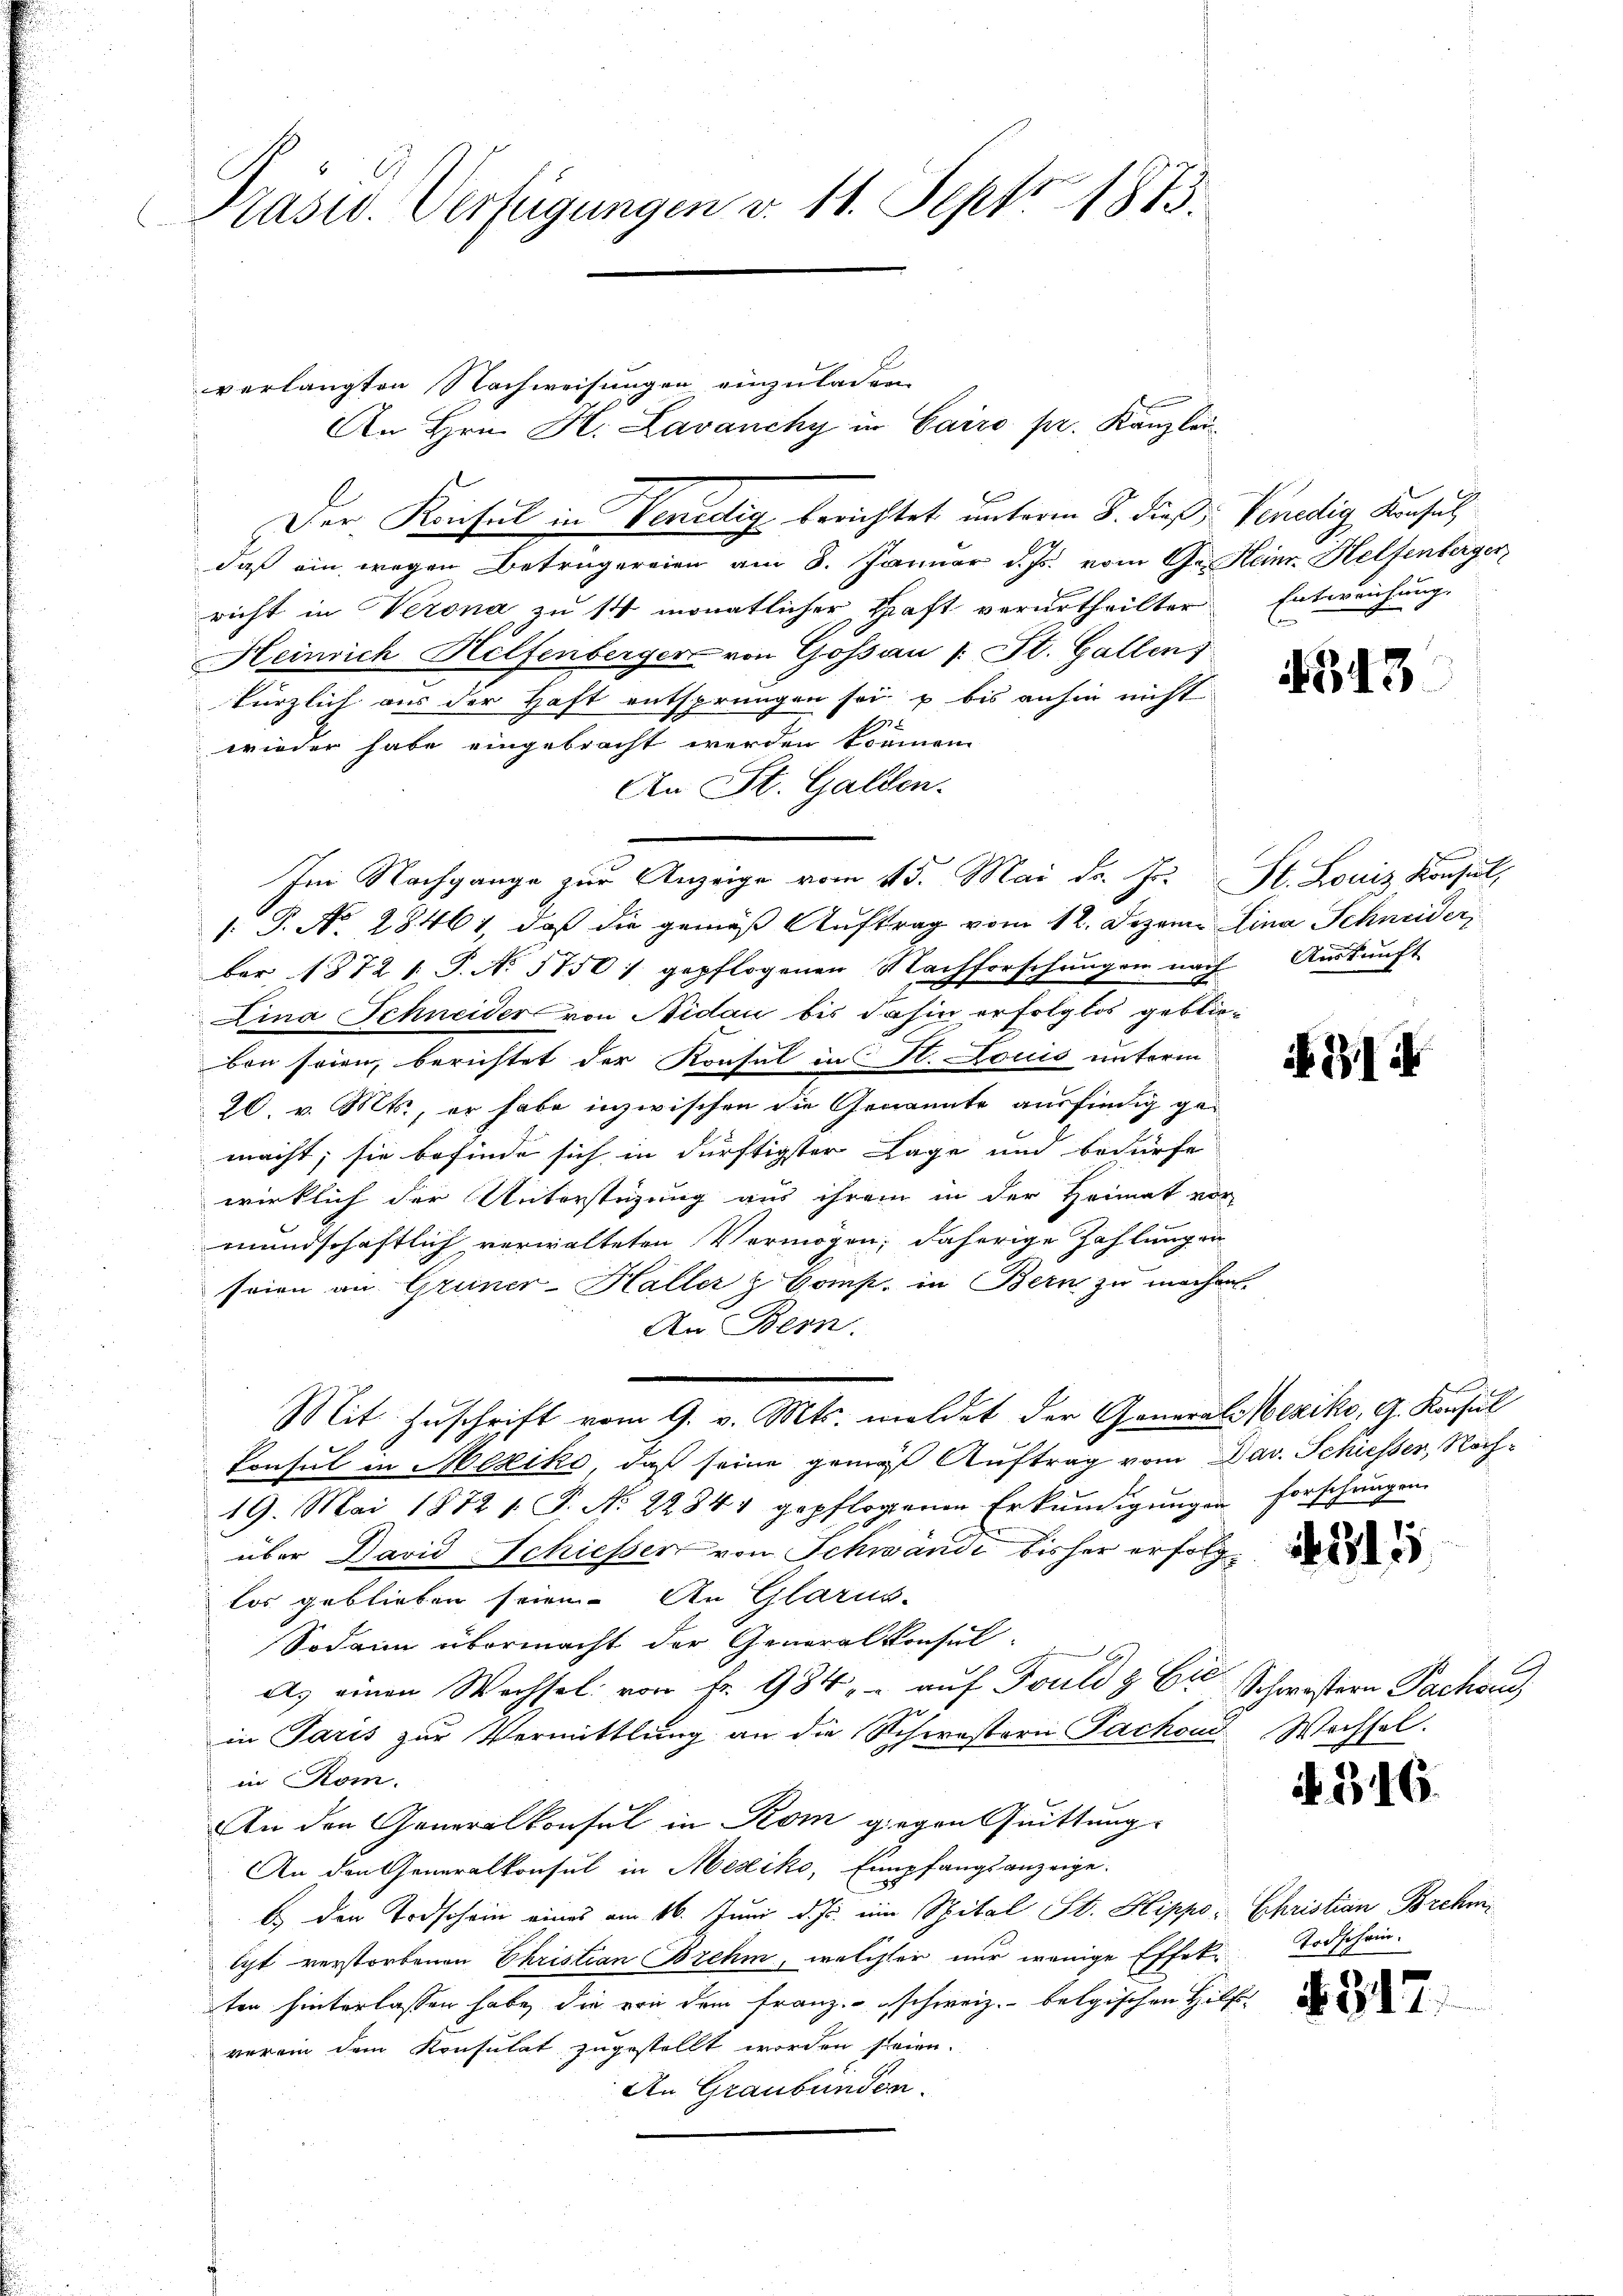
Präsid. Verfügungen v. 11. Sept 1873.

verlangten Nachweisungen einzuladen.
An Hrn. H. Lavanchy in Cairo pr. Kanzlei
Der Konsul in Venedig berichtet unterm 8. dieß Venedig, Konsul
daß ein wegen Betrügereien am 8. Januar d. Js. vom Ges. Heinr. Helfenberger
richt in Verona zu 14 monatlicher Haft verurtheilter Entweichung.
Heinrich Helfenberger von Gossau (: St. Gallen;
kürzlich aus der Haft entsprungen sei u bis anhin nicht
wieder habe eingebracht werden können
An St. Galden.
Im Nachgange zur Anzeige vom 15. Mai d. J. St. Louiz Konsul,
[: P. No. 28461, daß die gemäß Auftrag vom 12. Dozen Lina Schneider,
ber 1872 1 S. No 1750 / gepflogenen Nachforschŭngen nach Aŭskŭnft
e
Lina Schneider von Nidau bis dahin erfolglos geblieben seien, berichtet der Konsul in H. Louis unterm
20. v. Mts., er habe inzwischen die Genannte ausfindig ge-
macht; sie befinde sich in dürftigster Lage und bedürfe
wirklich der Unterstüzung aus ihrem in der Heimat vor
mundschaftlich verwalteten Vermögen; daherige Zahlungen
seien an Gruner-Haller & Comp. in Bern zu machen.
An Bern.
Mit Zuschrift vom 9. v. Mts. meldet der General-Weziko, G. Konsul
konsul in Mexiko, daß seine genügt Auftrag vom Dav. Schiesser, Nach¬
19. Mai 1872 1. P. N. 22844 gepflogenen Erkundigungen forschungen.
über David Schiesser von Schwände bisher erfolge
los geblieben seien. An Glarus-
Sodann übermacht der Generalkonsul-
A. einen Wechsel von Fr. 984. auf Fould & Cie Schwistern Fachse
in Paris zur Vermittlung an die Schwestern Fachend Wechsel.
in Rom.
An den Generalkonsul in Rom gegen Quittung
An den Generalkonsul in Mexiko, Empfangsanzeige.
b.) den Todschein eines am 16. Juni d. Js. ein Spital St. Kippo- Christian Brehmicht verstorbenen Ehristian Bozehm, welcher nur wenige Effekten hinterlassen habe, die von dem Franz schweiz. belgischen Hilfs-
verein dem Konsulat zugestellt worden steien.
An Graubünden.

G13

31

ib. 1816.

Todschein.

§ 317.